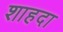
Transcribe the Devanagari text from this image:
शाहदा